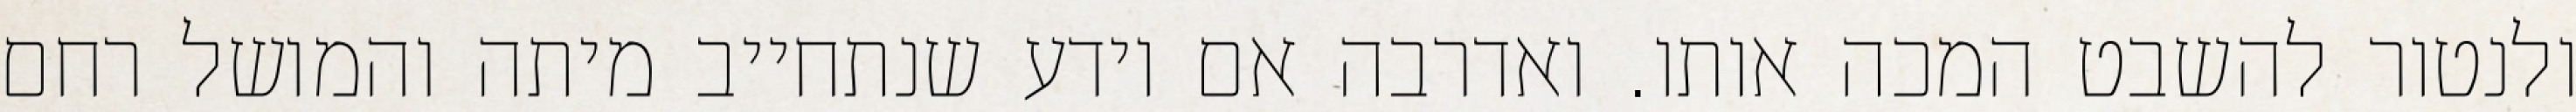
ולנטור להשבט המכה אותו. ואדרבה אם יודע שנתחייב מיתה והמושל רחם